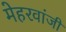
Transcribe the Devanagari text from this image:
मेहरवांजी